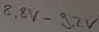
Text: 8,8V-9,2V